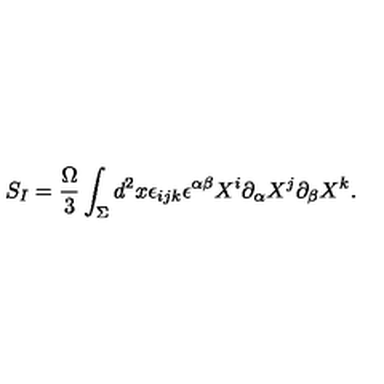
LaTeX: S _ { I } = { \frac { \Omega } { 3 } } \int _ { \Sigma } d ^ { 2 } x \epsilon _ { i j k } \epsilon ^ { \alpha \beta } X ^ { i } \partial _ { \alpha } X ^ { j } \partial _ { \beta } X ^ { k } .